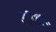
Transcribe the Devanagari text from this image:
अरिअगा